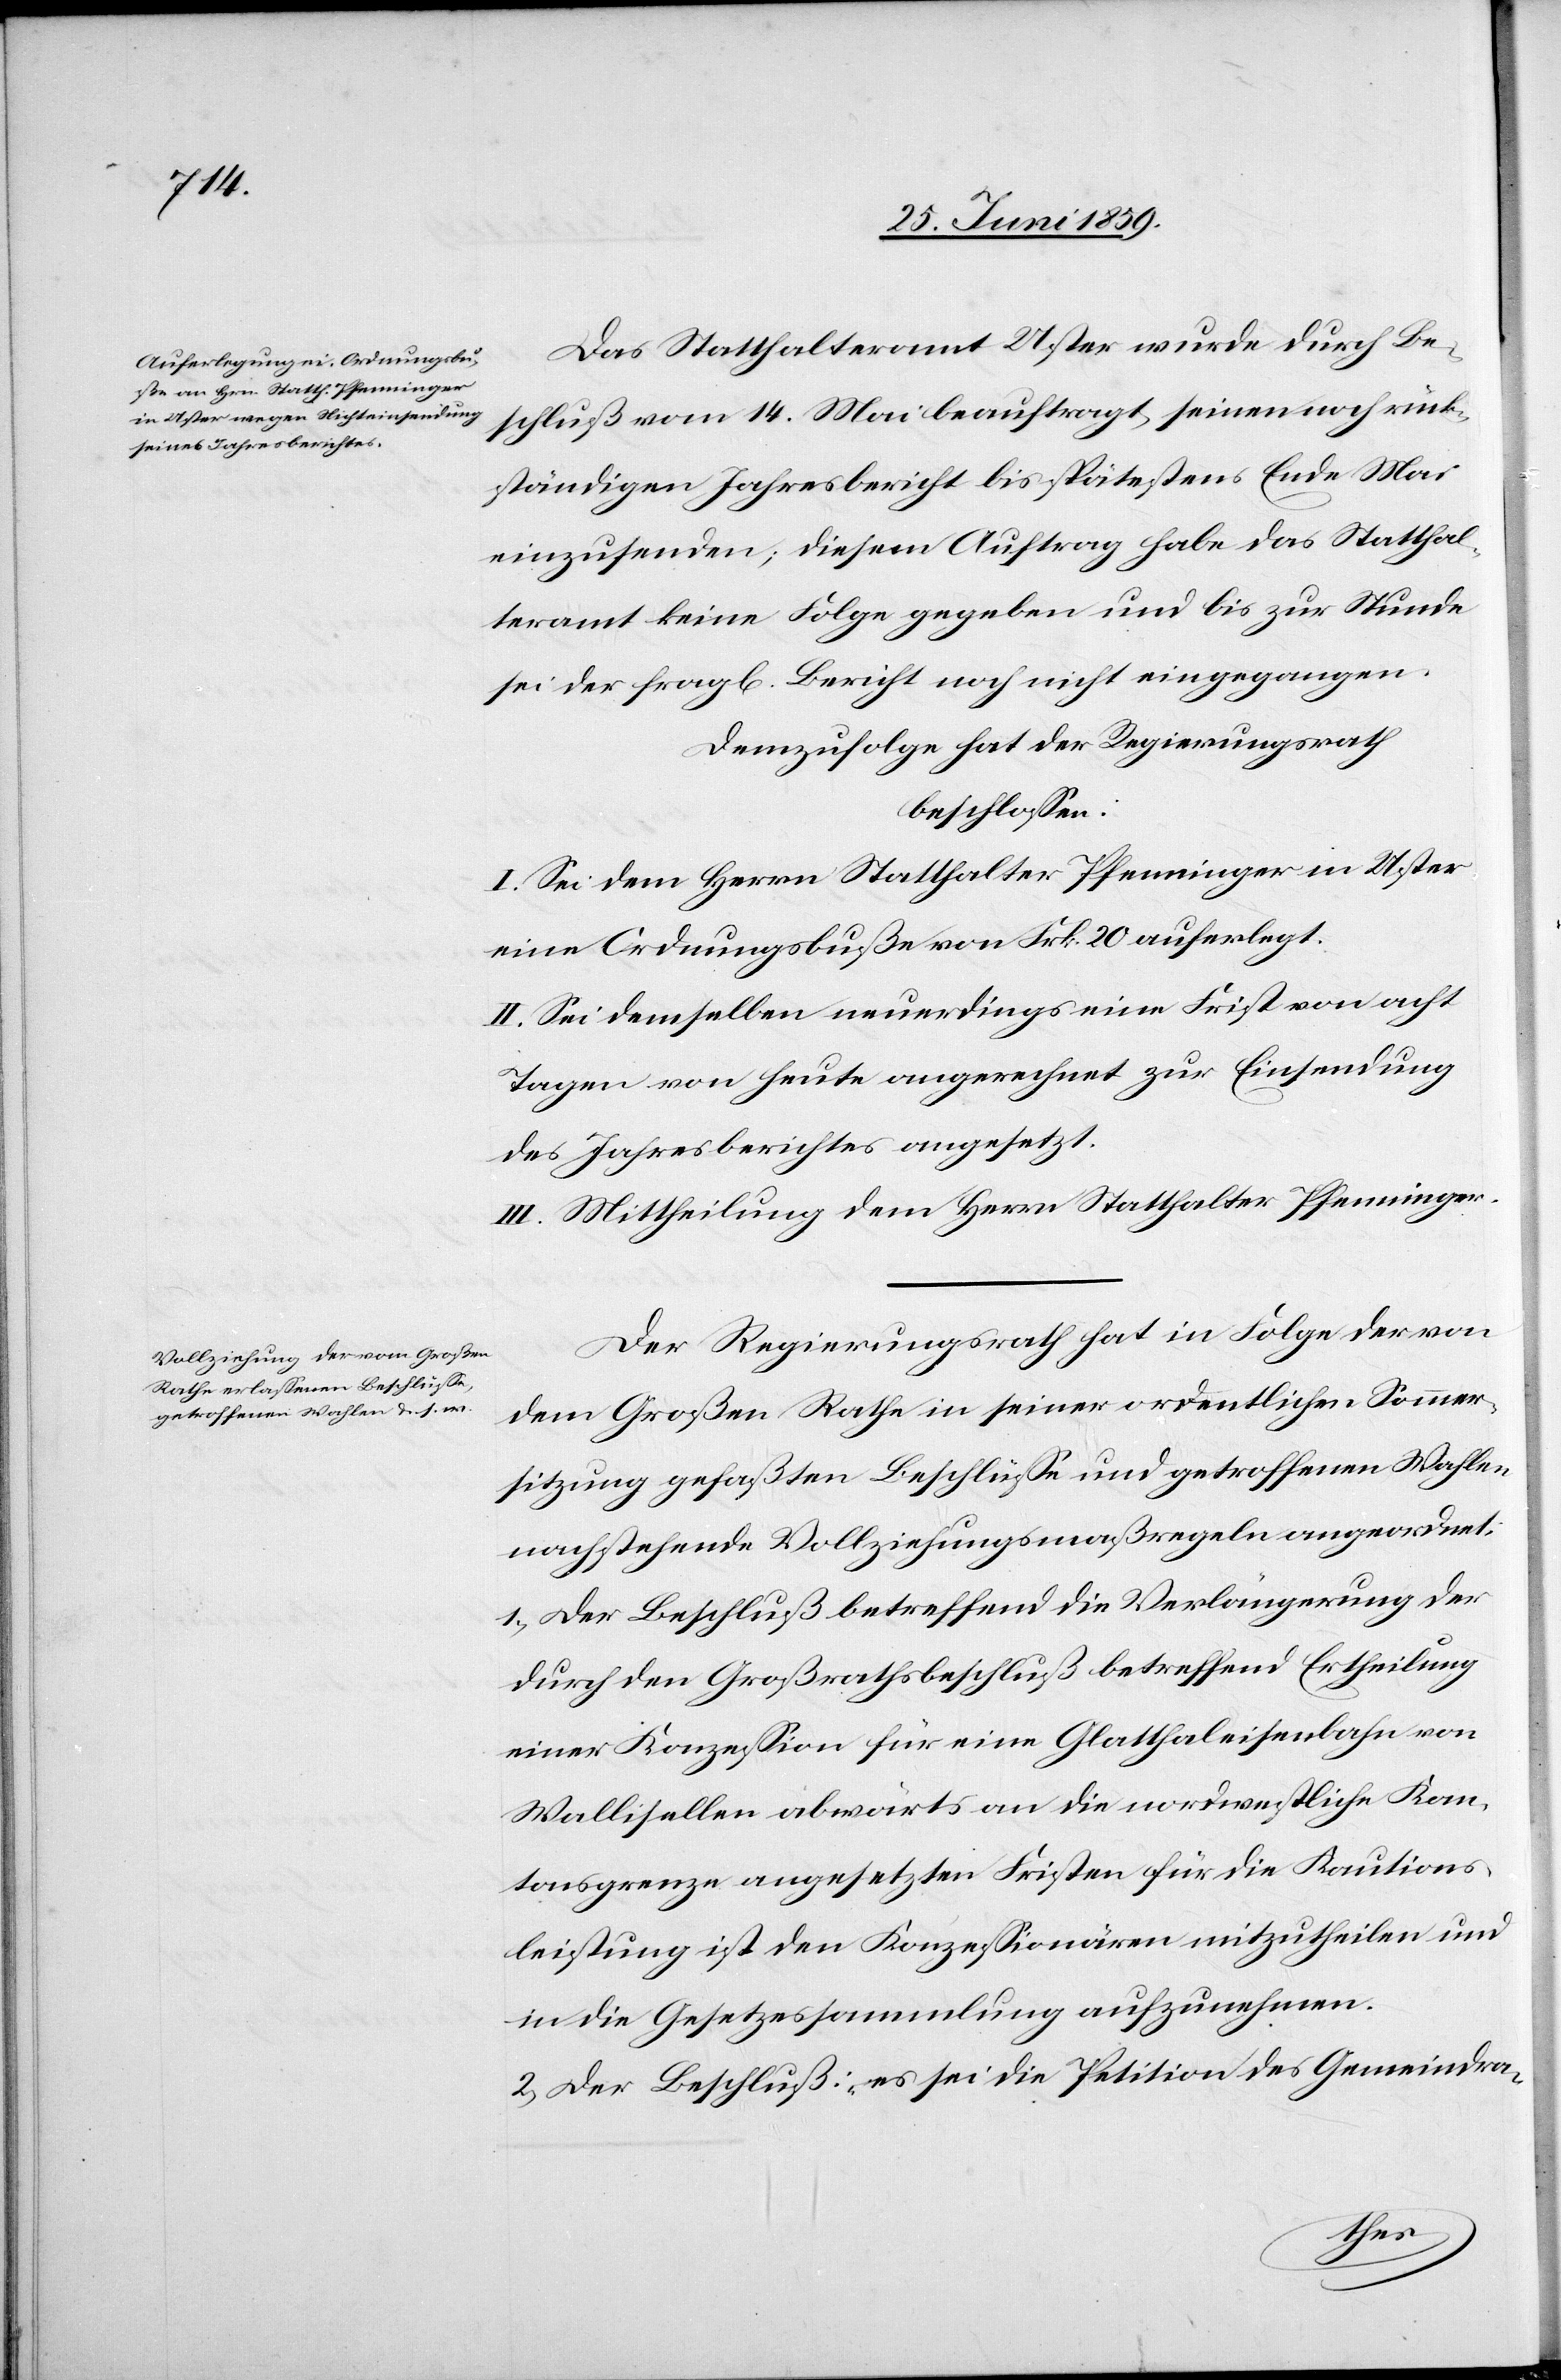
Das Statthalteramt Uster wurde durch Be¬
schluß vom 14. Mai beauftragt, seinen noch rück¬
ständigen Jahresbericht bis spätestens Ende Mai
einzusenden; diesem Auftrag habe das Statthal¬
teramt keine Folge gegeben und bis zu Stunde
sei der fragl. Bericht noch nicht eingegangen.
Demzufolge hat der Regierungsrath
beschlossen:
I. Sei dem Herrn Statthalter Pfenninger in Uster
eine Ordnungsbuße von Frk. 20 auferlegt.
II. Sei demselben neuerdings eine Frist von acht
Tagen von heute an gerechnet zur Einsendung
des Jahresberichtes angesetzt.
III. Mittheilung dem Herrn Statthalter Pfenninger.
Der Regierungsrath hat in Folge der von
dem Großen Rathe in seiner ordentlichen Sommer¬
sitzung gefaßten Beschlüsse und getroffenen Wahlen
nachstehende Vollziehungsmaßregeln angeordnet:
1) Der Beschluß betreffend die Verlängerung der
durch den Großrathsbeschluß betreffend Ertheilung
einer Konzession für eine Glatthaleisenbahn von
Wallisellen abwärts an die nordwestliche Kan¬
tonsgrenze angesetzten Fristen für die Kautions¬
leistung ist den Konzessionären mitzutheilen und
in die Gesetzessammlung aufzunehmen.
2) Der Beschluß: „es sei die Petition des Gemeindra-